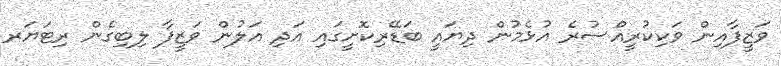
ވަޒީފާއިން ވަކިކުރީއްސުރެ އުޅެމުން ދިޔައީ ބަޑޭރިކޮށީގައި އަދި އަލުން ވަޒީފާ ލިބިގެން ރިޓަޔަރ